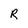
Character: R